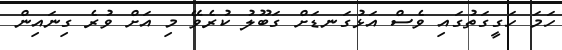
ހަމަ ހަގީގަތުގައި ވެސް އަޅުގަނޑަށް ގަބޫލު ކުރެވޭ މި އަށް ވުރެ ގިނައިން